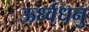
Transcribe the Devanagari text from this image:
ऊर्ध्वधनु